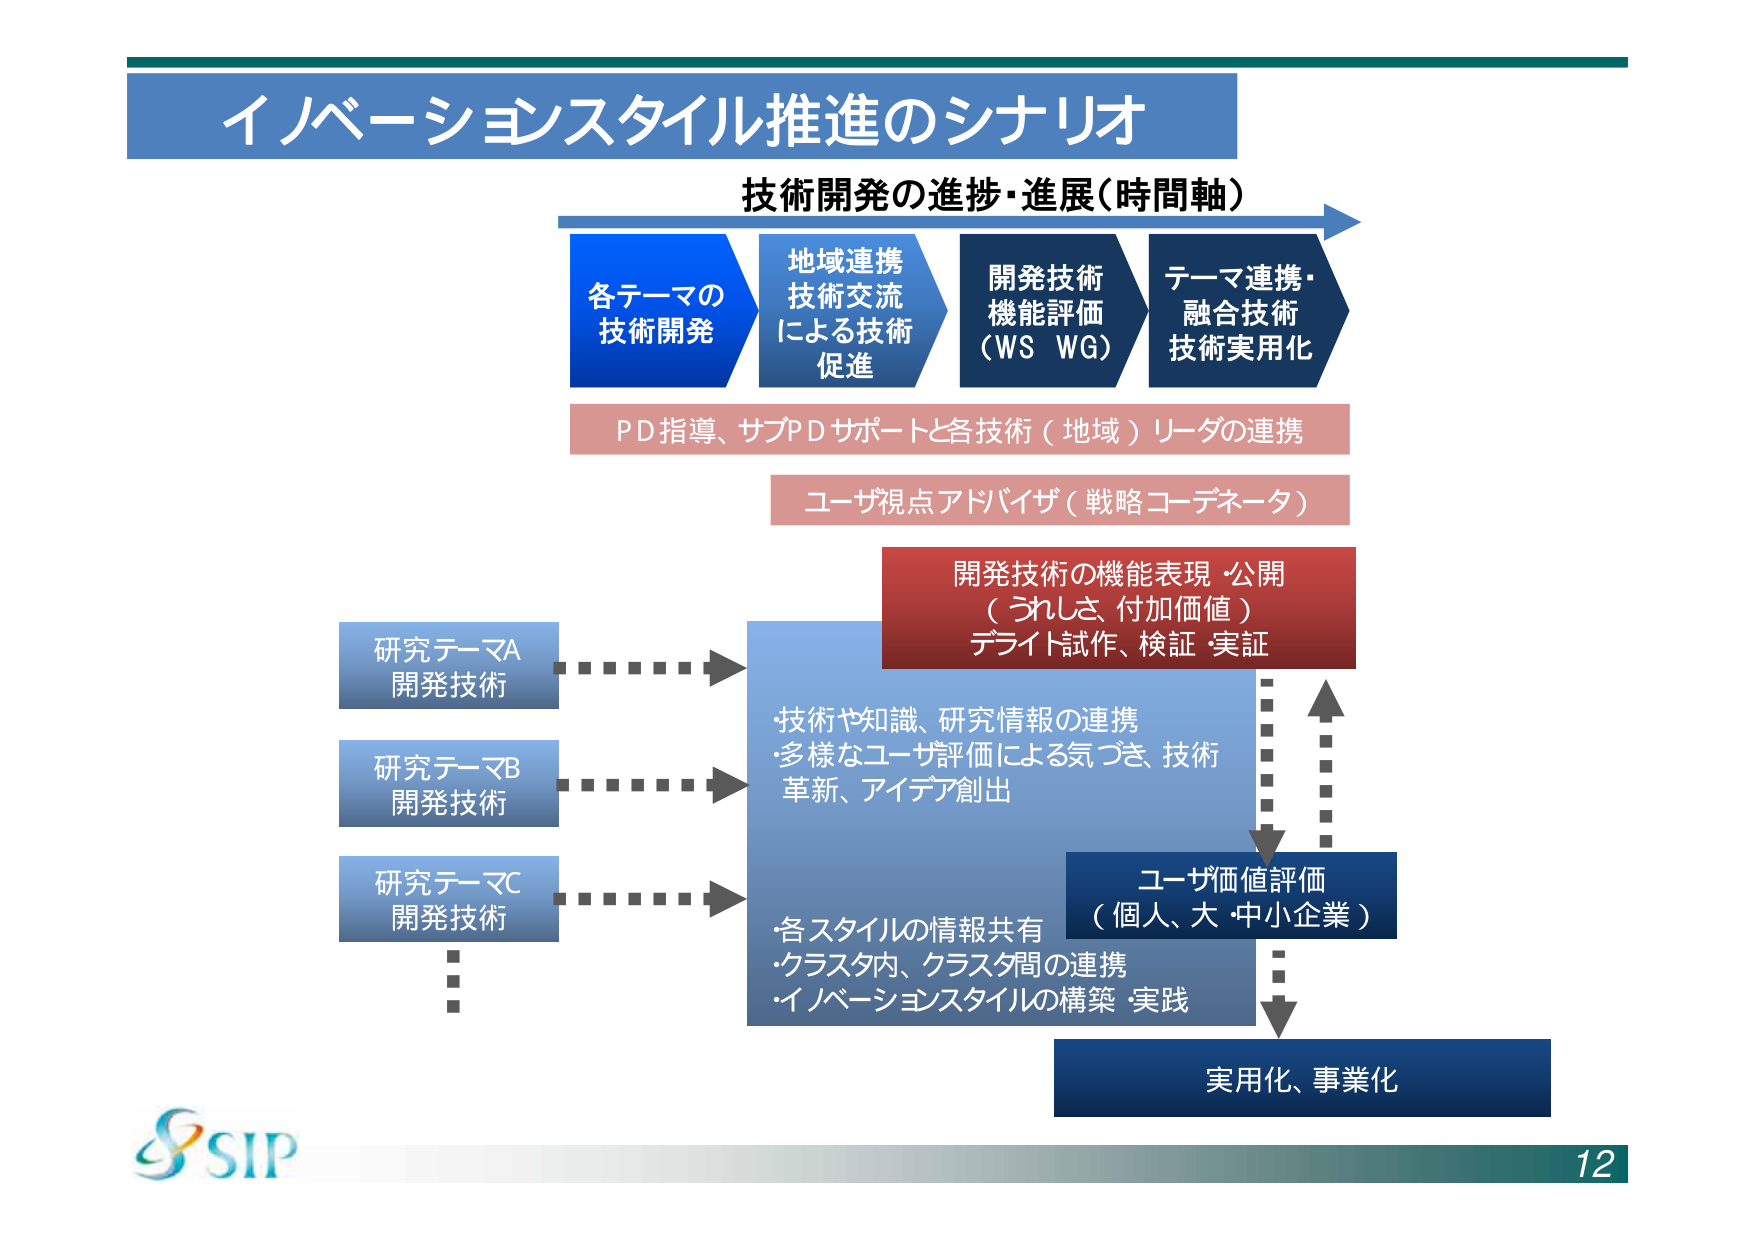
イノベーションスタイル推進のシナリオ
技術開発の進捗・進展（時間軸）
各テーマの
技術開発
地域連携
技術交流
による技術
促進
開発技術
機能評価
（WS WG）
テーマ連携・
融合技術
技術実用化
PD指導、サブPDサポートと各技術（地域）リーダの連携
ユーザ視点アドバイザ（戦略コーデネータ）
開発技術の機能表現・公開
（うれしさ、付加価値）
デライト試作、検証・実証
研究テーマA
開発技術
研究テーマB
開発技術
研究テーマC
開発技術
・技術や知識、研究情報の連携
・多様なユーザ評価による気づき、技術
革新、アイデア創出
・各スタイルの情報共有
・クラスタ内、クラスタ間の連携
・イノベーションスタイルの構築・実践
ユーザ価値評価
（個人、大・中小企業）
実用化、事業化
SIP
12